Lunatic asylums Burma 1907-21 - 1907-1921
Year: 1907
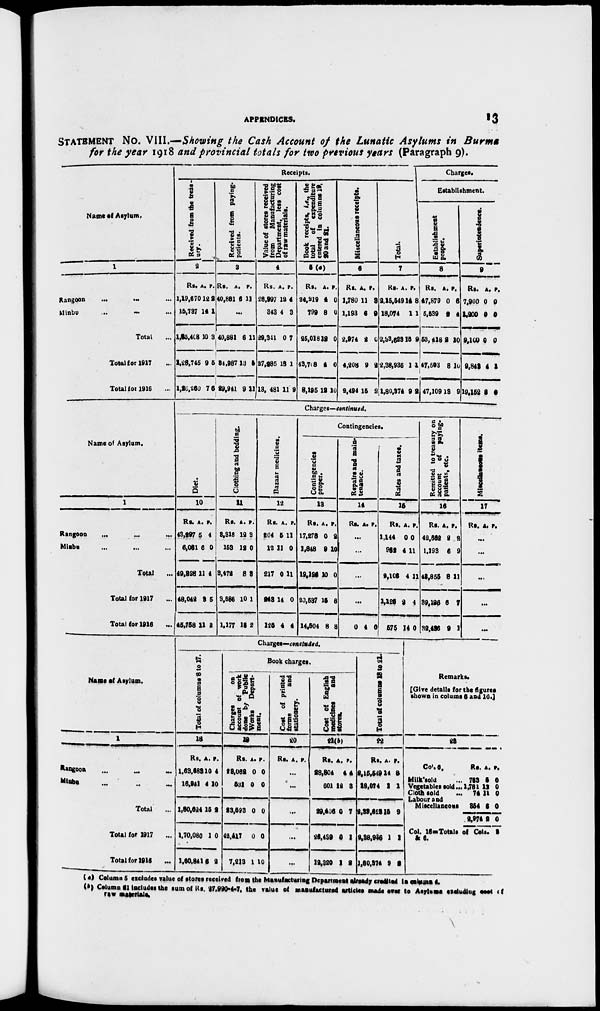
APPENDICES.
13
STATEMENT No. VIII.—Showing the Cash Account of the Lunatic Asylums in Burma
for the year 1918 and provincial totals for two previous years (Paragraph 9).
Name of Asylum.
1
Rangoon
... ... ...
Minbu ... ... ...
Total ...
Total for 1917 ...
Total for 1916 ...
Receipts.
Received from the treas-
ury.
2
Rs.
1,19,670
15,737
1,35,408
1,28,745
1,26,260
A.
12
14
10
9
7
P.
2
1
3
5
6
Received from paying-
patients.
3
Rs.
40,881
A.
6
P.
11
...
40,881
34,987
29,941
6
13
9
11
5
11
Value of stores received
from
Manufacturing
Department, less cost
of raw materials.
4
Rs.
28,997
343
29,341
27,285
13,481
A.
12
4
0
13
11
P.
4
3
7
1
9
Book receipts, i.e., the
total of expenditure
entered in columns 19,
20
and 21.
5 (a)
Rs.
24,219
799
25,018
43,708
8,195
A.
4
8
12
4
12
P.
0
0
0
0
10
Miscellaneous receipts.
6
Rs.
1,780
1,193
2,974
4,208
2,494
A.
11
6
2
9
15
P.
3
9
0
2
2
Total.
7
Rs.
2,15,549
18,074
2,33,623
2,38,936
1,80,374
A.
14
1
15
1
9
P.
8
1
9
4
2
Charges.
Establishment.
Establishment
proper.
8
Rs.
47,879
5,539
53,418
47,503
47,109
A.
0
2
2
8
13
P.
6
4
10
10
9
Superintendence.
9
Rs.
7,900
1,200
9,100
9,843
19,152
A.
0
0
0
4
8
P.
0
0
0
1
8
Name of Asylum.
1
Rangoon
...
...
...
Minbu ... ... ...
Total
...
Total for 1917 ...
Total for 1916 ...
Charges—continued.
Diet.
10
Rs.
43,297
6,081
49,328
48,042
45,758
A.
5
6
11
3
11
P.
4
0
4
5
2
Clothing and bedding.
11
Rs.
3,318
153
3,472
3,586
1,177
A.
12
12
8
10
13
P.
3
0
3
1
2
Bazaar medicines.
12
Rs.
204
12
217
248
125
A.
5
11
0
14
4
P.
11
0
11
0
4
Contingencies.
Contingencies
proper.
13
Rs.
17,278
1,848
19,126
20,587
14,504
A.
0
9
10
15
8
P.
2
10
0
8
8
Repairs and main-
tenance.
14
Rs. A. P.
...
...
...
...
0 4 0
Rates and taxes.
15
Rs.
1,144
962
2,106
1,126
575
A.
0
4
4
2
14
P.
0
11
11
4
0
Remitted to treasury on
account
of paying-
patients, etc.
16
Rs.
42,662
1,193
48,855
39,196
32,436
A.
2
6
8
6
9
P.
2
9
11
7
1
Miscelleneous
items.
17
Rs. A. P.
...
...
...
...
...
Name of Asylum.
1
Rangoon ... ... ...
Minbu ... ... ...
Total ...
Total for 1917
...
Total for 1916
...
Charges—concluded.
Total of columns 8 to 17.
18
Rs.
1,63,683
16,941
1,30,524
1,70,080
1,60,841
A.
10
4
15
1
5
P.
4
10
2
0
2
Book charges.
Charges
on
account of work
done by Public
Works Depart-
ment.
19
Rs.
23,062
531
23,593
42,417
7,213
A.
0
0
0
0
1
P.
0
0
0
0
10
Cost of printed
forms
and
stationery.
20
Rs. A. P.
...
...
...
...
...
Cost of English
medicines
and
stores.
21(b)
Rs.
28,804
601
29,406
26,439
12,320
A.
4
12
0
0
1
P.
4
3
7
1
2
Total of columns 18 to 21.
22
Rs.
2,15,549
18,074
2,33,623
2,38,936
1,80,374
A.
14
1
15
1
9
P.
8
1
9
1
8
Remarks.
[Give details for the figures
shown in colums 5 and 16.]
23
Col. 6.
Milk sold ...
Vegetables sold ...
Cloth sold
...
Labour and
Miscellaneous
Rs.
763
1,781
74
354
2,974
A.
5
12
11
6
2
P.
0
0
0
0
0
Col. 16=Totals of Cols. 3
& 6.
(a) Column 5 excludes value of stores received from the Manufacturing Department already credited in column 4.
(b) Column 21 includes the sum of Rs. 27,990-4-7, the value of manufactured articles made over to Asylums excluding cost of
raw materials.